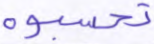
تحسبوه